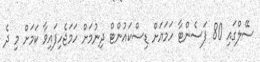
ސޭލްގައި 80 ޕަސެންޓާ ހަމައަށް ޑިސްކައުންޓް ދިނުމަށް ހަމަޖެހިފައިވާ ކަމަށް މި ދެ